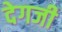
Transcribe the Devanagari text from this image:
देगजी